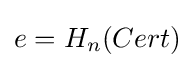
e=H_{n}(Cert)